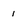
Character: 1